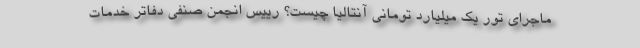
ماجرای تور یک میلیارد تومانی آنتالیا چیست؟ رییس انجمن صنفی دفاتر خدمات